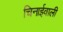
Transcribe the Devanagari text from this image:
चिनाईवाली